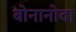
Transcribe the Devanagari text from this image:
बोनानोवा